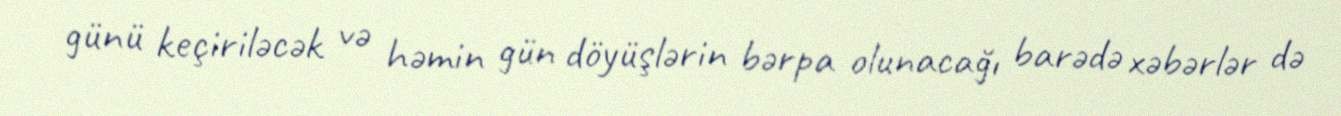
günü keçiriləcək və həmin gün döyüşlərin bərpa olunacağı barədə xəbərlər də